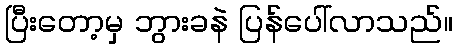
ပြီးတော့မှ ဘွားခနဲ ပြန်ပေါ်လာသည်။